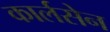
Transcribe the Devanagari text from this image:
कार्लसेन